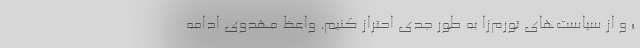
؛ و از سیاست‌های تورم‌زا به طور جدی احتراز کنیم. واعظ مهدوی ادامه